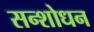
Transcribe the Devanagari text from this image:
सन्शोधन